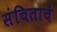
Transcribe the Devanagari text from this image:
संचिताचे